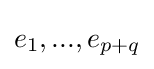
e_{1},...,e_{p+q}